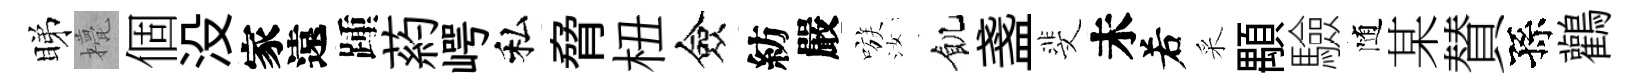
睇甍個没家遠踵葯崿私脅杻僉紡嚴嗾汝飢盞斐未𠰥采顒驗随某賛孫鸛